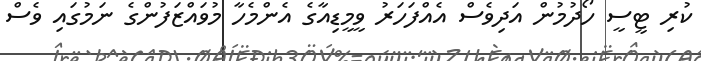
ކުރި ޓީސީ ހޯދުމުން އަދިވެސް އެއްފަހަރު ވީމީޑިއާގެ އެންމެހާ މުވައްޒަފުންގެ ނަމުގައި ވެސް